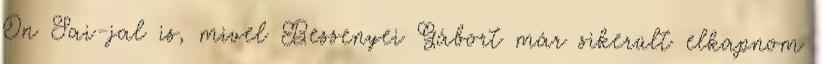
On Sai-jal is, mivel Bessenyei Gábort már sikerült elkapnom